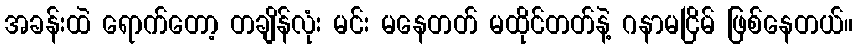
အခန်းထဲ ရောက်တော့ တချိန်လုံး မင်း မနေတတ် မထိုင်တတ်နဲ့ ဂနာမငြိမ် ဖြစ်နေတယ်။